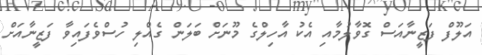
އަލޫފް ފަޒީނާއަސް ގޮވާލުމާއި އެކު އާހިލްގެ މޫނަށް ބަލަން ގެއްލި ހުސްވެފައިވާ ފަޒީނާއަށް